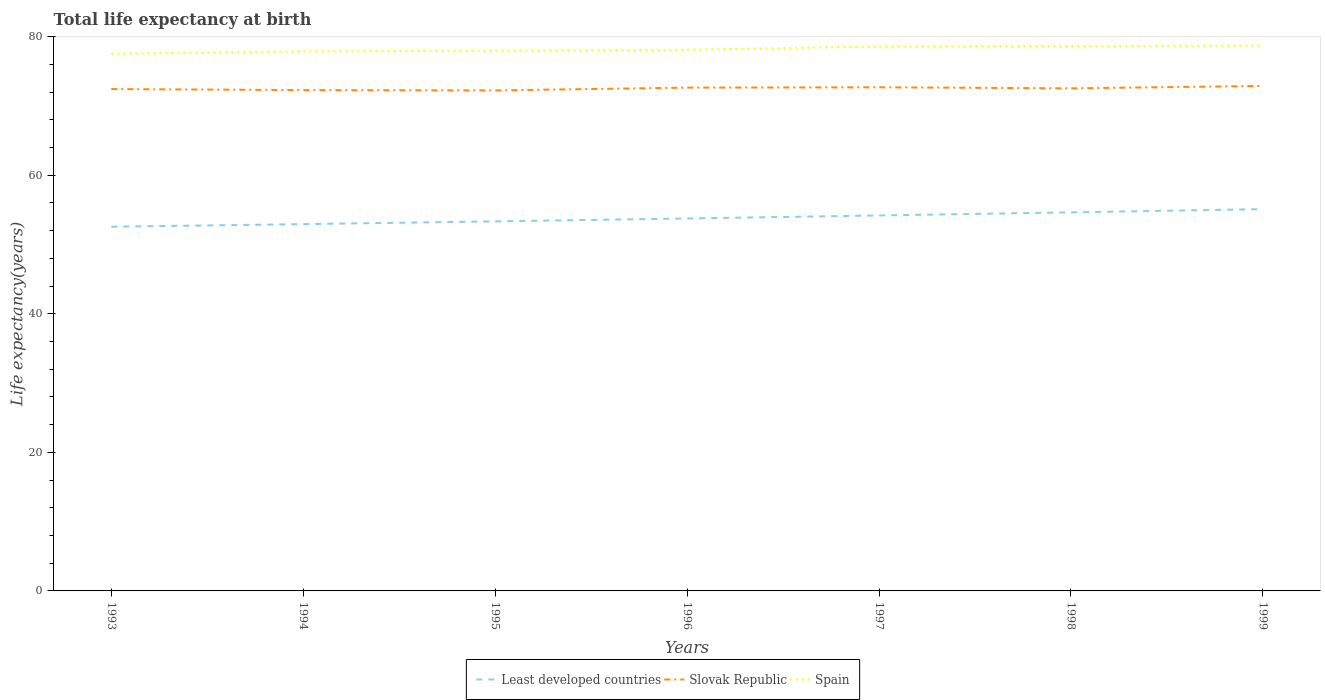
| Years | Least developed countries | Slovak Republic | Spain |
 | --- | --- | --- | --- |
 | 1993 | 52.6 | 72.4 | 77.5 |
 | 1994 | 52.9 | 72.3 | 77.9 |
 | 1995 | 53.3 | 72.3 | 78 |
 | 1996 | 53.8 | 72.7 | 78.1 |
 | 1997 | 54.2 | 72.7 | 78.6 |
 | 1998 | 54.7 | 72.6 | 78.7 |
 | 1999 | 55.1 | 72.9 | 78.7 |